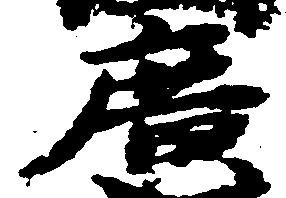
広